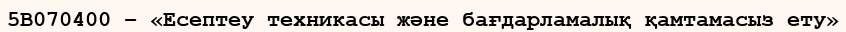
5В070400 – «Есептеу техникасы және бағдарламалық қамтамасыз ету»